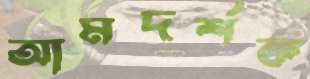
আমদর্শক